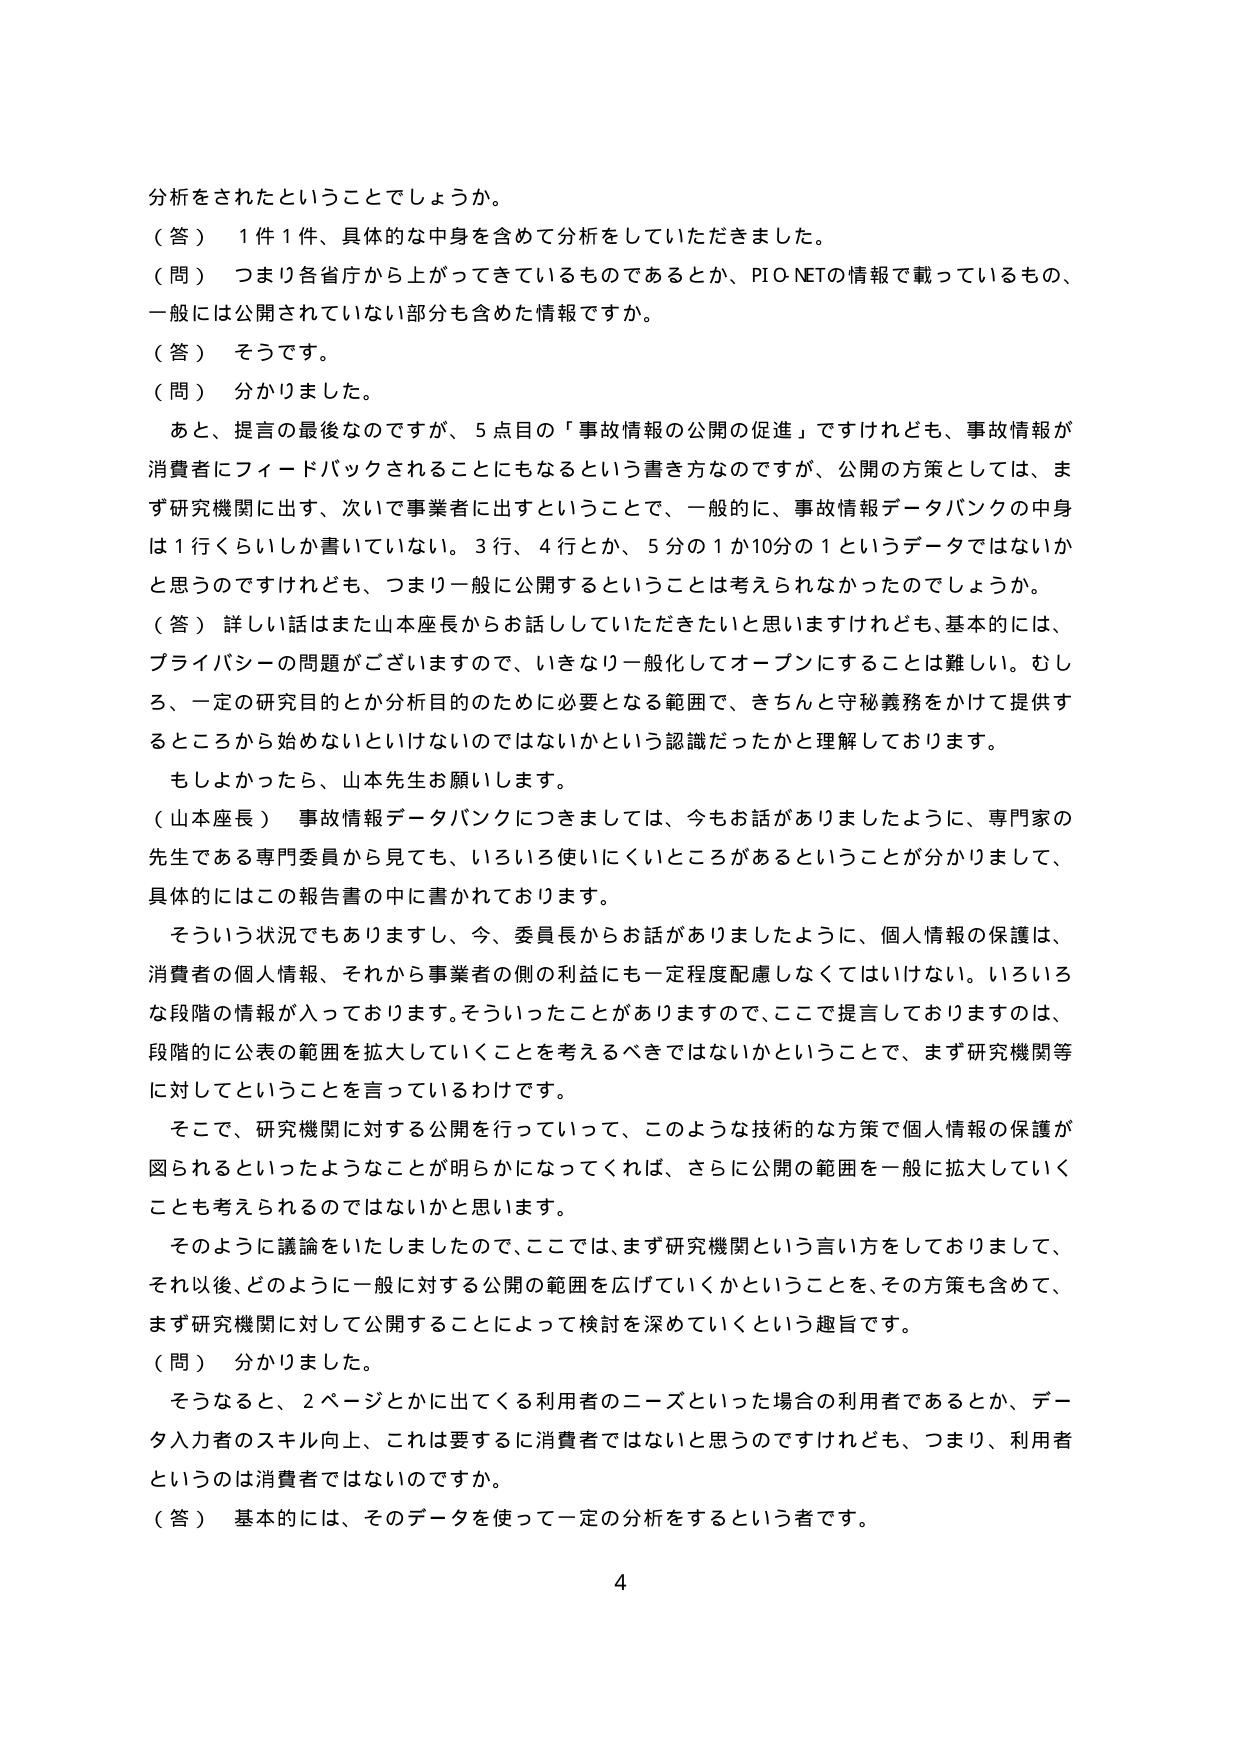
分析をされたということでしょうか。
（答） 1件1件、具体的な中身を含めて分析をしていただきました。
（問） つまり各省庁から上がってきてているものであるとか、PIO-NETの情報で載っているもの、
一般には公開されていない部分も含めた情報ですか。
（答） そうです。
（問） 分かりました。
　あと、提言の最後なのですが、5点目の「事故情報の公開の促進」ですけれども、事故情報が
消費者にフィードバックされることにもなるという書き方なのですが、公開の方策としては、ま
ず研究機関に出す、次いで事業者に出すということで、一般的に、事故情報データバンクの中身
は1行くらいしか書いていない。3行、4行とか、5分の1か10分の1というデータではないか
と思うのですけれども、つまり一般に公開するということは考えられなかったのでしょうか。
（答） 詳しい話はまた山本座長からお話していただきたいと思いますけれども、基本的には、
プライバシーの問題がございますので、いきなり一般化してオープンにすることは難しい。むし
ろ、一定の研究目的とか分析目的のために必要となる範囲で、きちんと守秘義務をかけて提供す
るところから始めないといけないのではないかという認識だったかと理解しております。
　もしかったら、山本先生お願いします。
（山本座長） 事故情報データバンクにつきましては、今もお話がありましたように、専門家の
先生である専門委員から見ても、いろいろ使いにくいところがあるということが分かりまして、
具体的にはこの報告書の中に書かれております。
　そういう状況でもありますし、今、委員長からお話がありましたように、個人情報の保護は、
消費者の個人情報、それから事業者の側の利益にも一定程度配慮しなくてはいけない。いろいろ
な段階の情報が入っております。そういったことがありますので、ここで提言しておりますのは、
段階的に公表の範囲を拡大していくことを考えるべきではないかということで、まず研究機関等
に対してということを言っているわけです。
　そこで、研究機関に対する公開を行っていって、このような技術的な方策で個人情報の保護が
図られるといったようなことが明らかになってくれば、さらに公開の範囲を一般に拡大していく
ことも考えられるのではないかと思います。
　そのように議論をいたしましたので、ここでは、まず研究機関という言い方をしておりまして、
それ以後、どのように一般に対する公開の範囲を広げていくかということを、その方策も含めて、
まず研究機関に対して公開することによって検討を深めていくという趣旨です。
（問） 分かりました。
　そうなると、2ページとかに出てくる利用者のニーズといった場合の利用者であるとか、デー
タ入力者のスキル向上、これは要するに消費者ではないと思うのですけれども、つまり、利用者
というのは消費者ではないのですか。
（答） 基本的には、そのデータを使って一定の分析をするという者です。
4